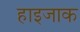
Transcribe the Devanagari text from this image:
हाइजाक